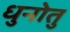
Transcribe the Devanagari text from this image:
धुनोतु